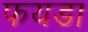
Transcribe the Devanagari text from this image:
फयडा